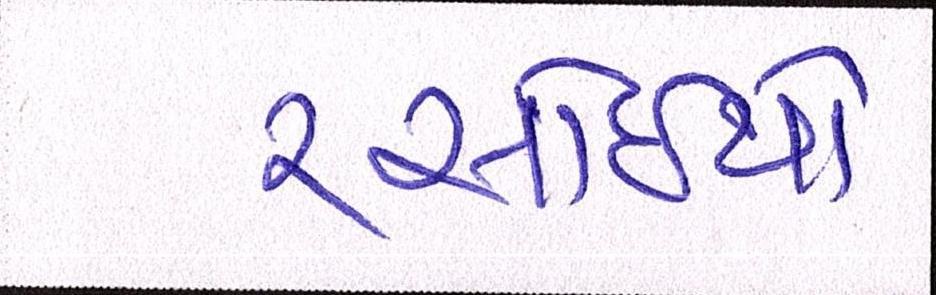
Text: રસોઈયો